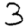
Digit: 3